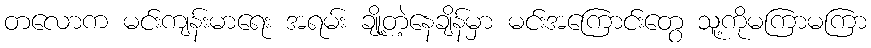
တလောက မင်းကျန်းမာရေး အရမ်း ချို့တဲ့နေချိန်မှာ မင်းအကြောင်းတွေ သူ့ကိုမကြာမကြာ